kultuurilooline_kollektsioon, lk 105
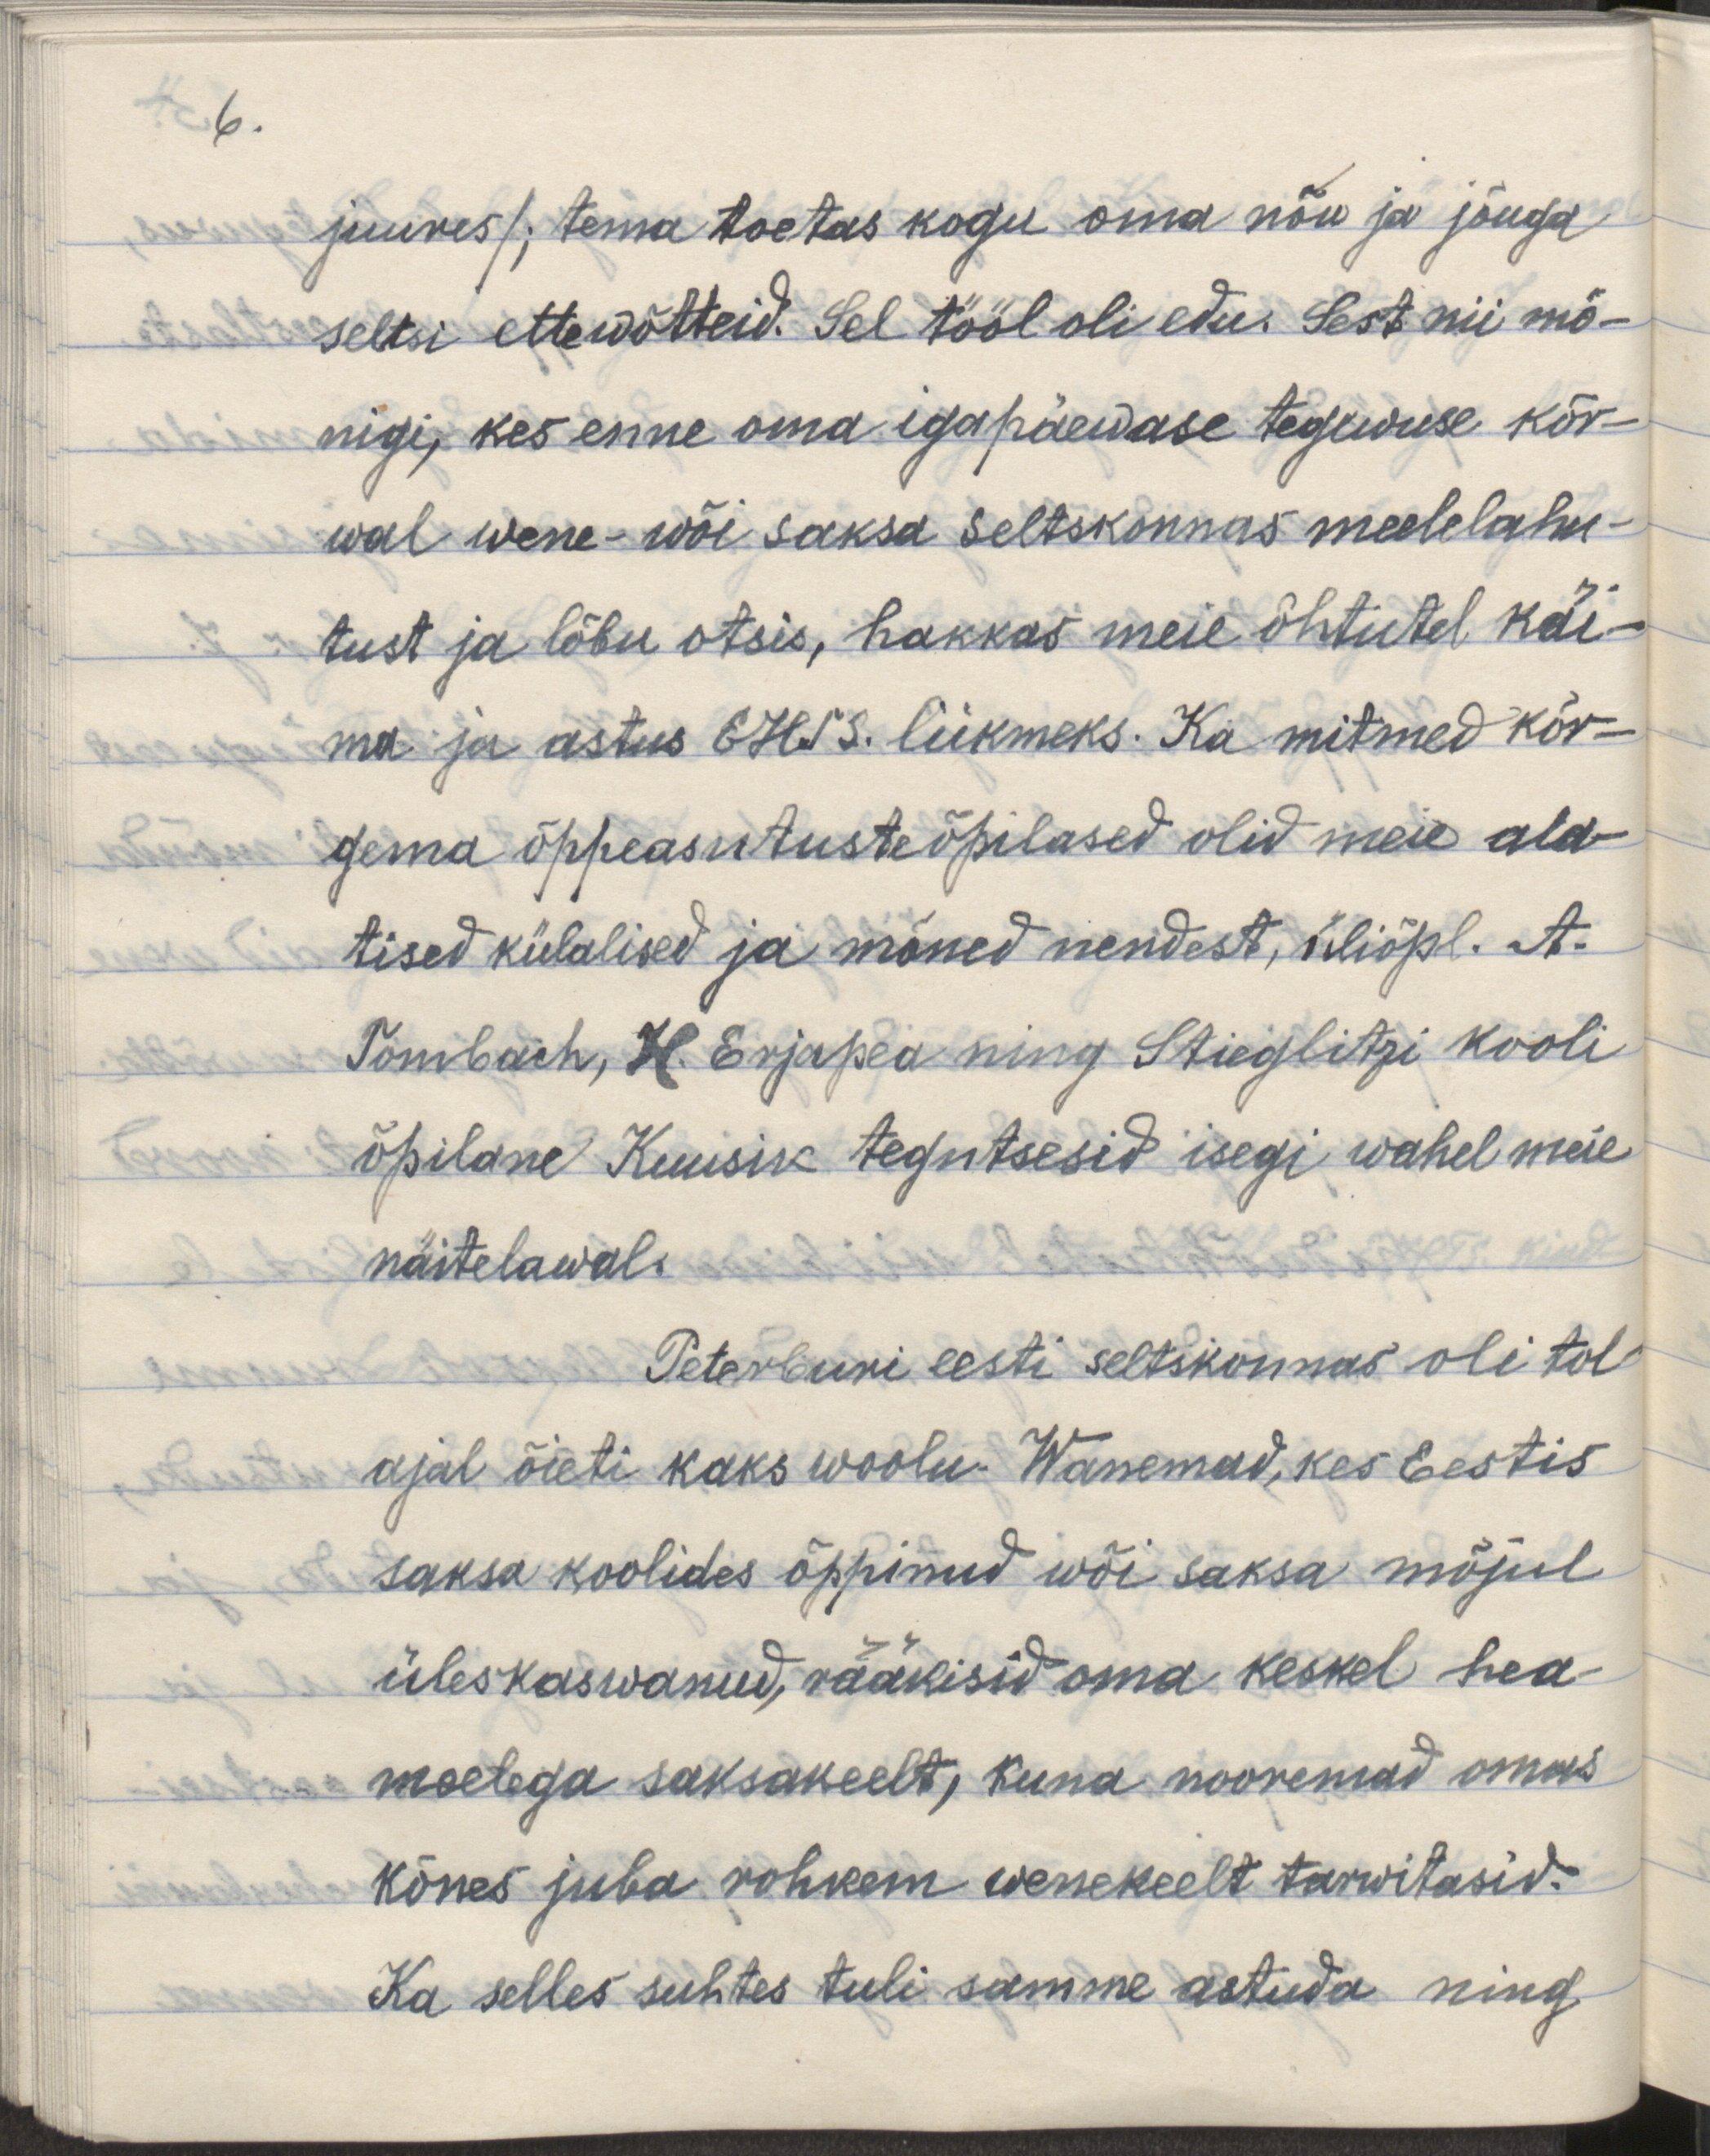
6.

juures/; tema toetas kogu oma nõu ja jõuga
seltsi ettewõtteid. Sel tööl oli edu, sest nii mõ-
nigi, kes enne oma igapäewase tegewuse kõr- 
wal wene- wõi saksa seltskonnas meelelahu-
tust ja lõbu otsis, hakkas meie õhtutel käi-
ma ja astus EHTS. liikmeks. Ka mitmed kõr-
gema õppeasutuste õpilased olid meie ala-
tised külalised ja mõned nendest üliõpl. A.
Tombach, H. Erjapea ning Stieglitzi kooli
õpilane Kuusik tegutsesid isegi wahel meie
näitelawal.
Peterburi eesti seltskonnas oli tol
ajal õieti kaks woolu. Wanemad, kes Eestis
saksa koolides õppinud wõi saksa mõjul
üles kaswanud, rääkisid oma keskel hea-
meelega saksakeelt, kuna nooremad omas
kõnes juba rohkem wenekeelt tarwitasid.
Ka selles suhtes tuli samme astuda ning